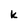
Character: k